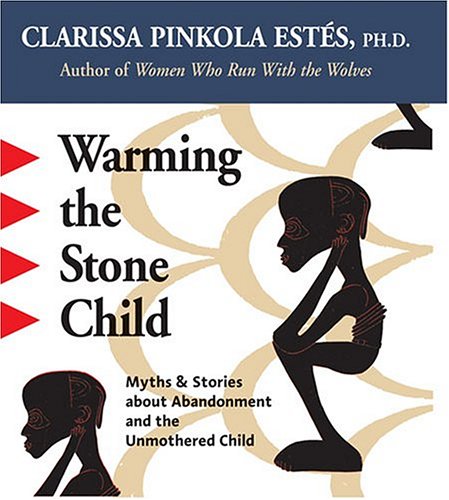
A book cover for Warming the Stone Child: Myths & Stories about Abandonment and the Unmothered Child; Clarissa Pinkola EstÃ©s; Literature & Fiction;